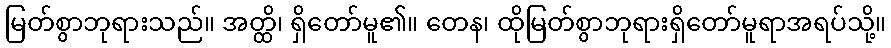
မြတ်စွာဘုရားသည်။ အတ္ထိ၊ ရှိတော်မူ၏။ တေန၊ ထိုမြတ်စွာဘုရားရှိတော်မူရာအရပ်သို့။